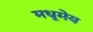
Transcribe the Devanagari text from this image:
मधूमेय